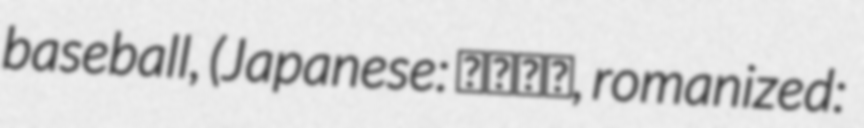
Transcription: baseball, (Japanese: 軟式野球, romanized: